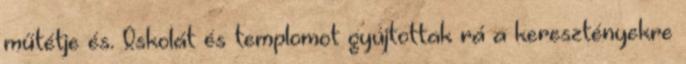
műtétje és. Iskolát és templomot gyújtottak rá a keresztényekre